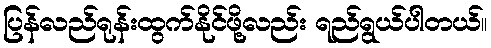
ပြန်လည်ရုန်းထွက်နိုင်ဖို့လည်း ရည်ရွယ်ပါတယ်။